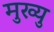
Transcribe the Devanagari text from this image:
मुख्यु